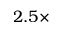
2 . 5 \times